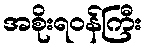
အစိုးရဝန်ကြီး